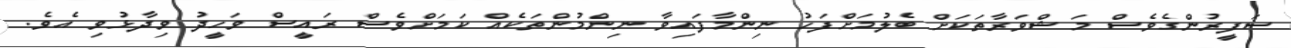
ސަފީރުންގެވެސް މަޝްވަރާތަކަށް ބެލުމަށްފަހު ނިންމާފައިވާ ނިންމުންތަކެއް ކަމަށްވެސް ރައީސް ވަހީދު ވިދާޅުވި އެވެ.